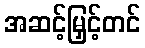
အဆင့်မြှင့်တင်